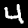
Label: 4